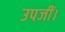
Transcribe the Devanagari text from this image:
उपजीं।